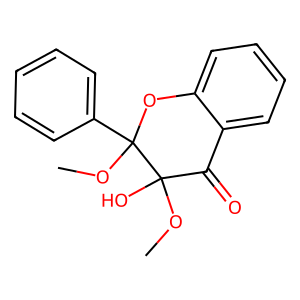
SMILES: COC1(O)C(=O)c2ccccc2OC1(OC)c1ccccc1
Inhibits HIV replication: No